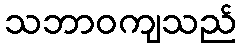
သဘာဝကျသည်